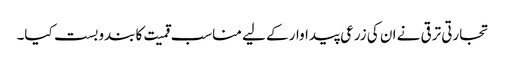
تجارتی ترقی نے ان کی زرعی پیداوار کے لیے مناسب قمیت کا بندوبست کیا۔